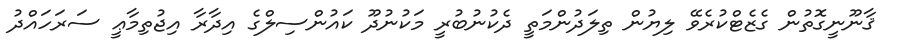
ޤާނޫނީގޮތުން ގެޒެޓްކުރެވޭ ލިޔުން ތިލަދުންމަތީ ދެކުނުބުރީ މަކުނުދޫ ކައުންސިލްގެ އިދާރާ އިޖުތިމާޢީ ސަރަހައްދު